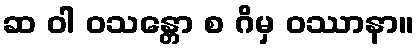
ဆ ဝါ ဝသန္တော စ ဂိမှ ဝဿာနာ။